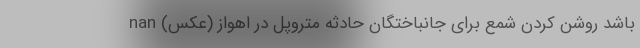
باشد روشن کردن شمع برای جانباختگان حادثه متروپل در اهواز (عکس) nan